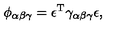
\phi _ { \alpha \beta \gamma } = \epsilon ^ { \mathrm { T } } \gamma _ { \alpha \beta \gamma } \epsilon ,